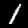
Digit: 1